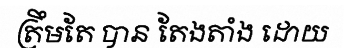
ត្រឹមតែ បាន តែងតាំង ដោយ